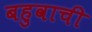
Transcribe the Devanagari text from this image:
बहुवाची